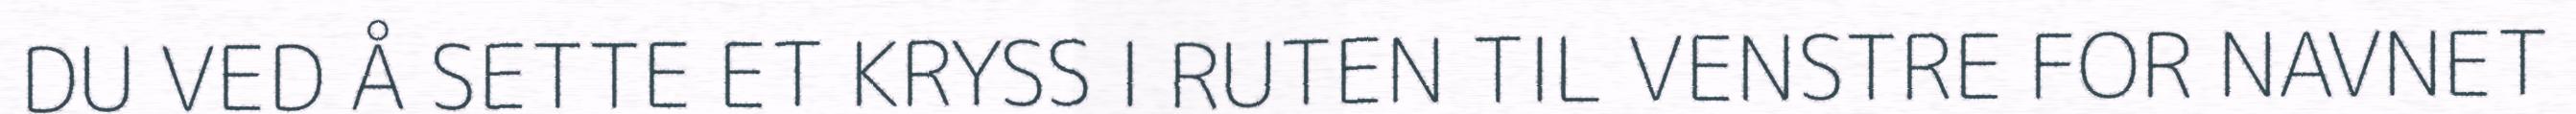
DU VED Å SETTE ET KRYSS I RUTEN TIL VENSTRE FOR NAVNET